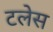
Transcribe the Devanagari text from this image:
टलेस